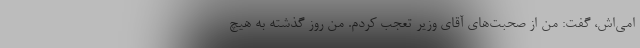
امی‌اش، گفت: من از صحبت‌های آقای وزیر تعجب کردم. من روز گذشته به هیچ